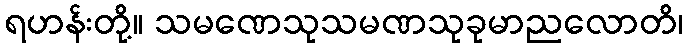
ရဟန်းတို့။ သမဏေသုသမဏသုခုမာညလောတိ၊